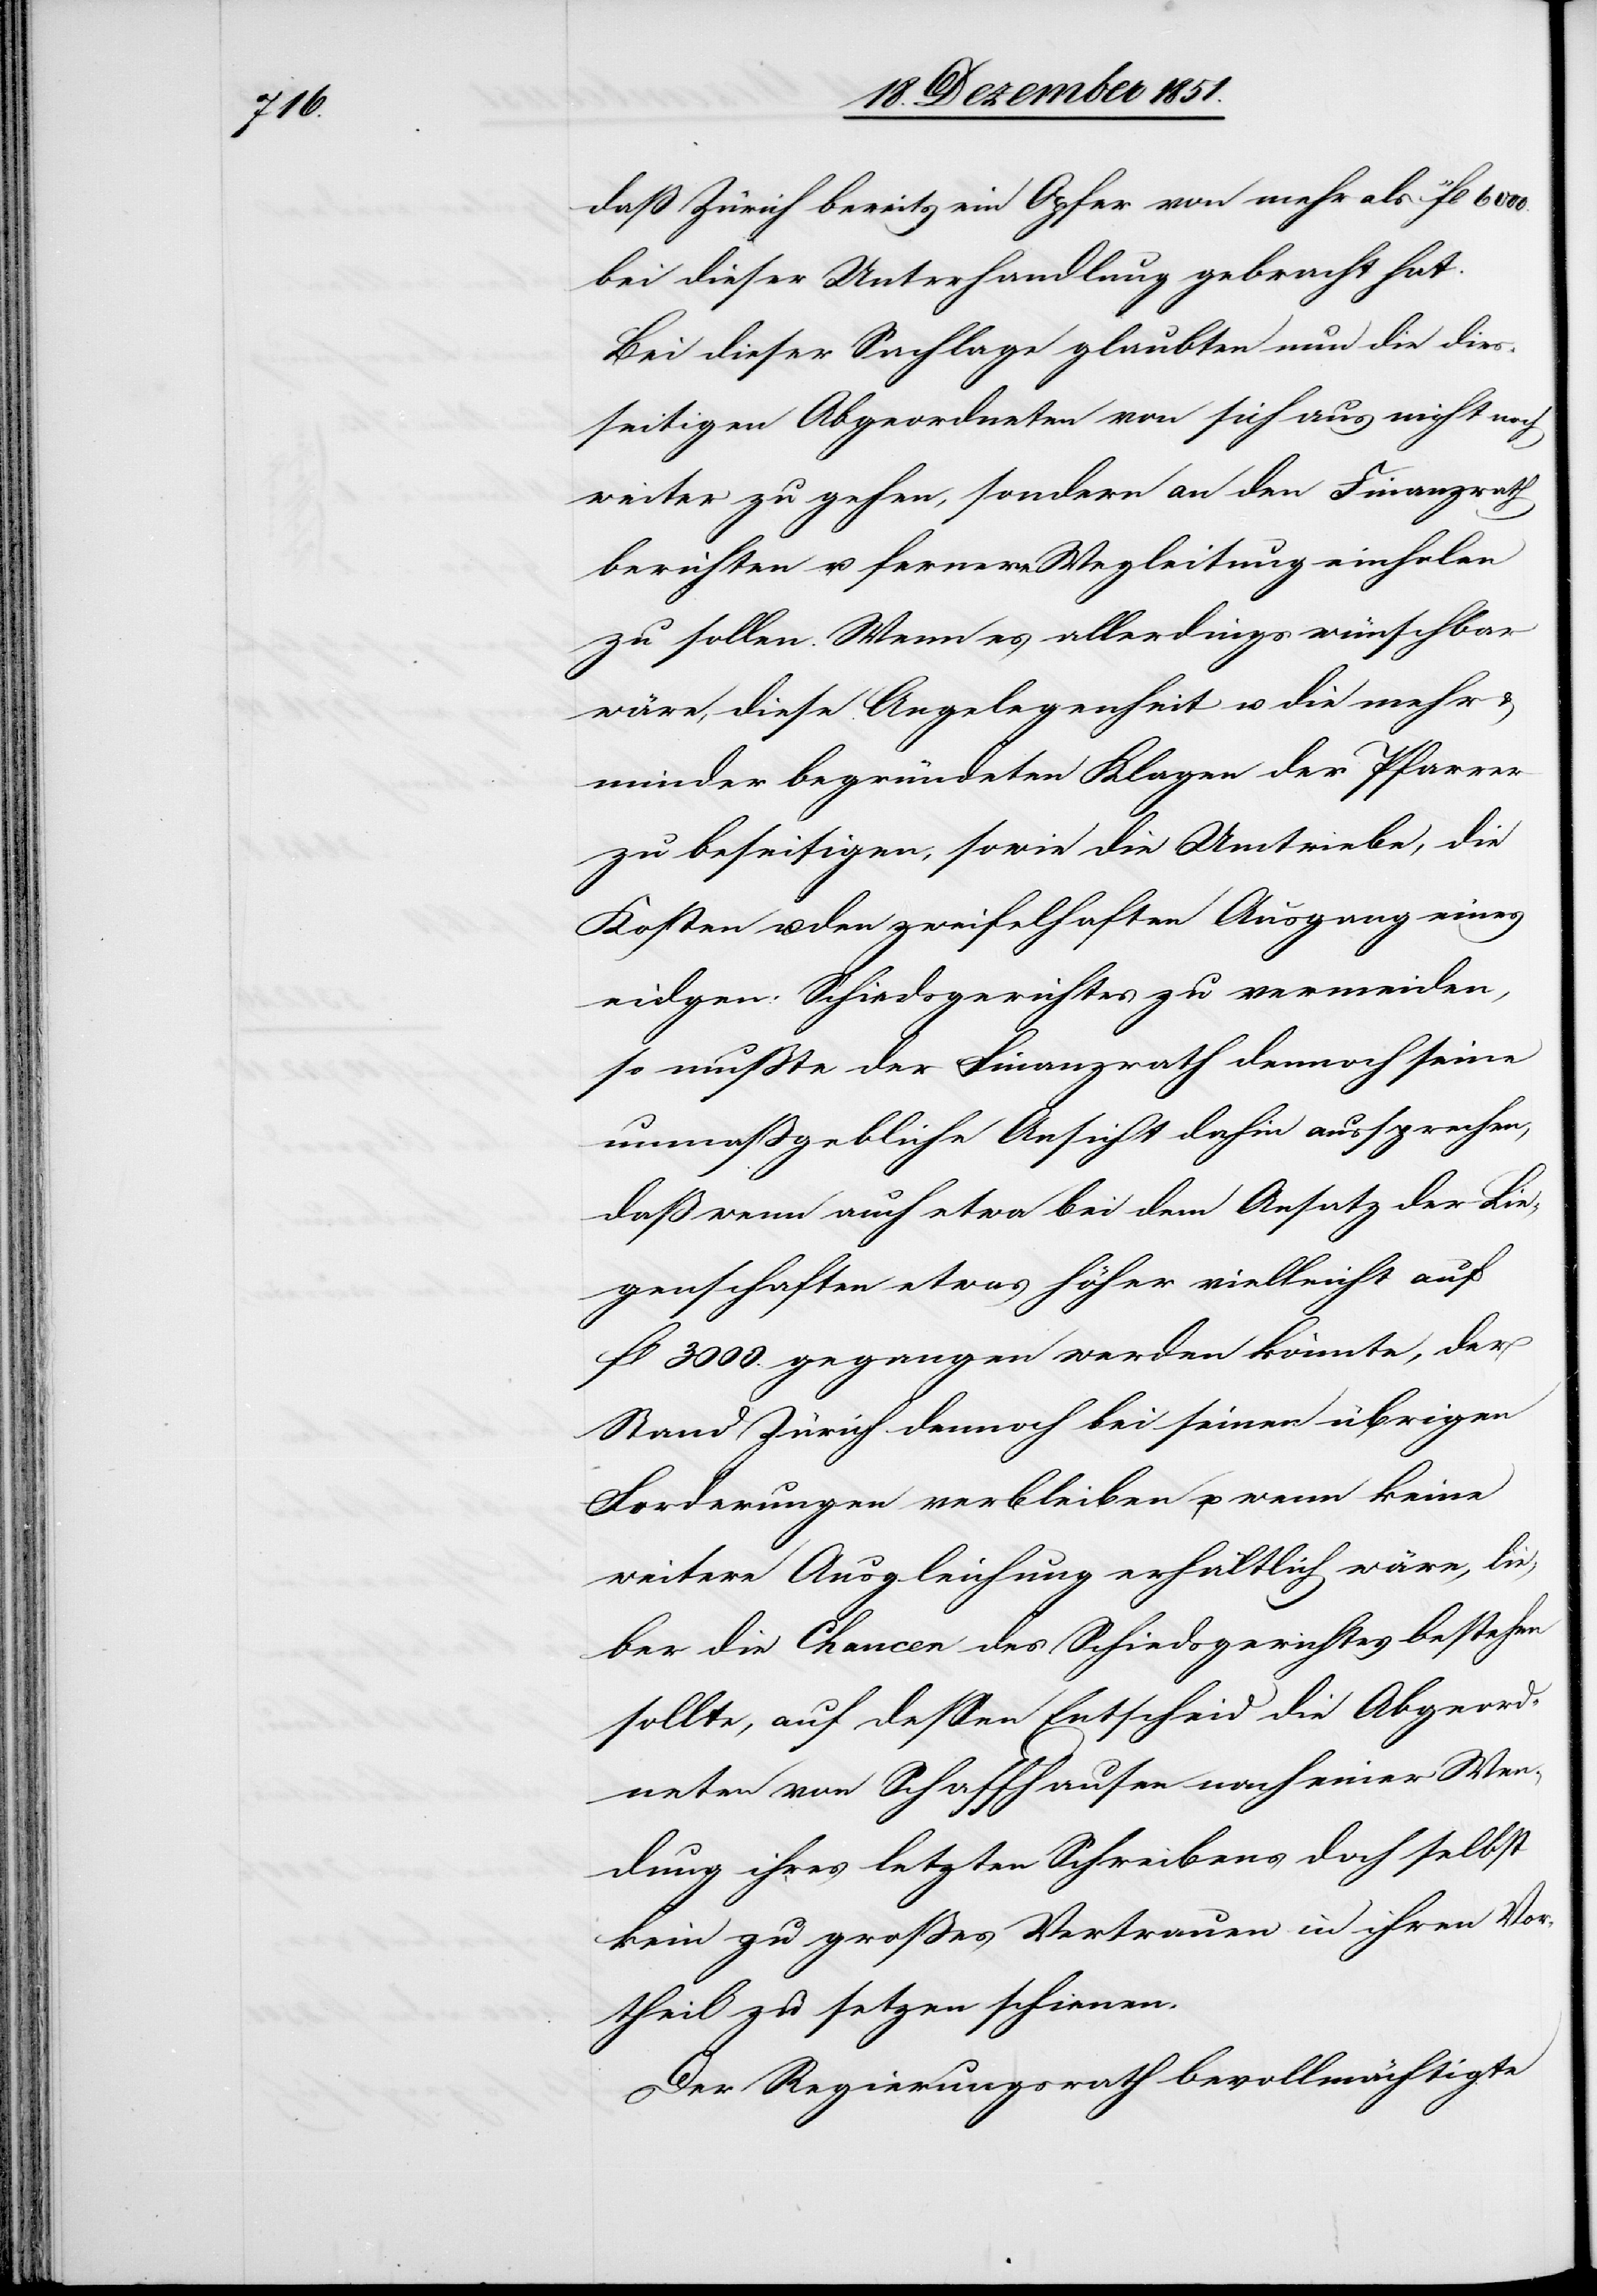
daß Zürich bereits ein Opfer von mehr als 11fl
bei dieser Unterhandlung gebracht hat.
Bei dieser Sachlage glaubten nun die dies¬
seitigen Abgeordneten von sich aus nicht noch
weiter zu gehen, sondern an den Finanzrath
berichten u. fernere Wegleitung einholen
zu sollen. Wenn es allerdings wünschbar
wäre, diese Angelegenheit u. die mehr &
minder begründeten Klagen der Pfarrer
zu beseitigen, sowie die Umtriebe, die
Kosten u. den zweifelhaften Ausgang eines
eidgen: Schiedsgerichtes zu vermeiden,
so mußte der Finanzrath dennoch seine
unmaßgebliche Ansicht dahin aussprechen,
daß wenn auch etwa bei dem Ansatz der Lie¬
genschaften etwas höher vielleicht auf
fl 3000. gegangen werden könnte, der
Stand Zürich dennoch bei seinen übrigen
Forderungen verbleiben u. wenn keine
weitere Ausgleichung erhältlich wäre, lie¬
ber die Chancen des Schiedsgerichtes bestehen
sollte, auf dessen Entscheid die Abgeord¬
neten von Schaffhausen nach einer Wen¬
dung ihres letzten Schreibens doch selbst
kein zu großes Vertrauen in ihren Vor¬
theil zu setzen schienen.
Der Regierungsrath bevollmächtigte